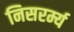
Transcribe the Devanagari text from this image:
निसरर्म्य